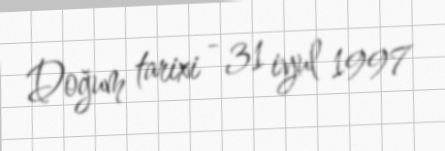
Doğum tarixi - 31 iyul 1997